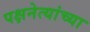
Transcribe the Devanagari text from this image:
पक्षनेत्यांच्या